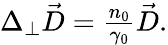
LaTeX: \begin{array}{r}{\Delta_{\perp}\vec{D}=\frac{n_{0}}{\gamma_{0}}\vec{D}.}\end{array}